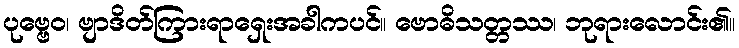
ပုဗ္ဗေဝ၊ ဗျာဒိတ်ကြားရာရှေးအခါကပင်။ ဗောဓိသတ္တဿ၊ ဘုရားလောင်း၏။